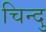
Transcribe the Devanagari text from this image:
चिन्दु